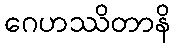
ဂေဟဿိတာနိ